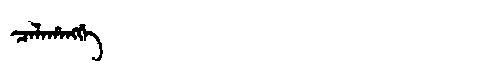
Manchu: ᠴᠠᠯᠠᡥᠠᠩᡤᡝ
Romanization: CALAHANGGE